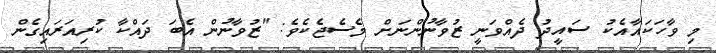
މި ވާހަކައާއެކު ސައީދު ދެއްވަނީ ޒުވާނުންނަށް މެސެޖެކެވެ: "ޒުވާނުން އެބަ ދައްކާ ކުރިއަރައިގެން